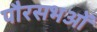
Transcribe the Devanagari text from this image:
पौरसभओं